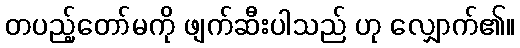
တပည့်တော်မကို ဖျက်ဆီးပါသည် ဟု လျှောက်၏။